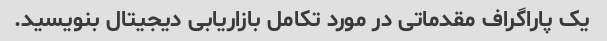
یک پاراگراف مقدماتی در مورد تکامل بازاریابی دیجیتال بنویسید.